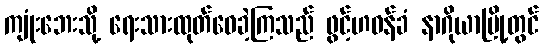
ကျုံးဘေးသို့ ရေးသားထုတ်ဝေခဲ့ကြသည် ဖွင့်ဟဝန်ခံ နာဂိုယာမြို့တွင်